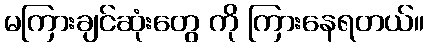
မကြားချင်ဆုံးတွေ ကို ကြားနေရတယ်။